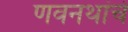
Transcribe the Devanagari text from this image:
णवनथांचे